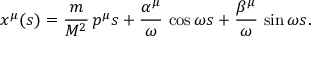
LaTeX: x ^ { \mu } ( s ) = \frac { m } { M ^ { 2 } } \, p ^ { \mu } s + \frac { \alpha ^ { \mu } } { \omega } \, \cos \omega s + \frac { \beta ^ { \mu } } { \omega } \, \sin \omega s .